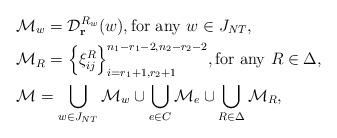
LaTeX: \begin{align*}&{\cal M}_w={\cal D}_{\bf r}^{R_w}(w),\hbox{for any}\,\,w\in J_{NT},\\ &{\cal M}_R=\Big\{\xi_{ij}^R\Big\}_{i=r_1+1,r_2+1}^{n_1-r_1-2,n_2-r_2-2},\hbox{for any}\,\,R\in \Delta,\\ &{\cal M}=\bigcup_{w\in J_{NT}}{\cal M}_w\cup\bigcup_{e\in C}{\cal M}_e\cup \bigcup_{R\in \Delta}{\cal M}_R, \end{align*}